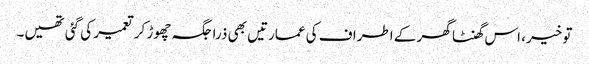
تو خیر، اس گھنٹا گھر کے اطراف کی عمارتیں بھی ذرا جگہ چھوڑ کر تعمیر کی گئی تھیں۔